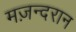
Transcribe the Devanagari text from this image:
मज़न्दरान